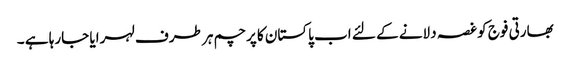
بھارتی فوج کو غصہ دلانے کے لئے اب پاکستان کا پرچم ہر طرف لہرایا جارہا ہے ۔